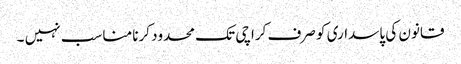
قانون کی پاسداری کو صرف کراچی تک محدود کرنا مناسب نہیں ۔